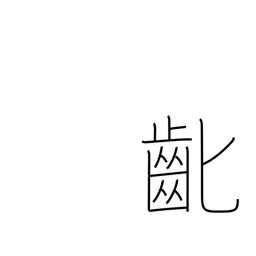
Meaning: losing baby teeth